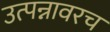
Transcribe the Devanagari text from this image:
उत्पन्नावरच